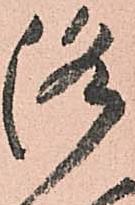
路